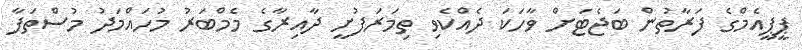
ޕީޕީއެމްގެ ފަރާތުން ބަޖެޓަށް ވާހަކަ ދެއްކެވި ތިމަރަފުށީ ދާއިރާގެ މެމްބަރު މުހައްމަދު މުސްތަފާ